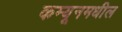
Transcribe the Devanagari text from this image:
कम्यूनमधील